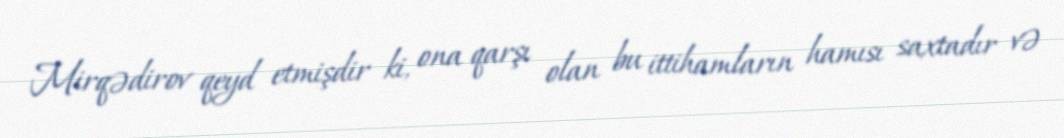
Mirqədirov qeyd etmişdir ki, ona qarşı olan bu ittihamların hamısı saxtadır və